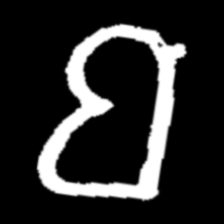
Pyu character \u2014 Myanmar letter: ဗ (romanized: ba)